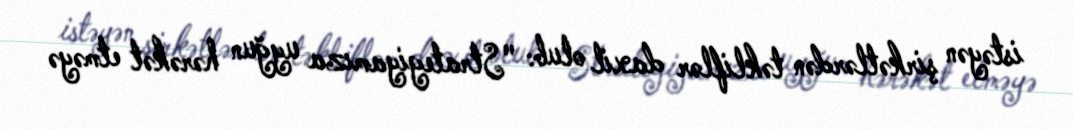
istəyən şirkətlərdən təkliflər daxil olub: "Strategiyamıza uyğun hərəkət etməyə